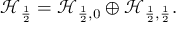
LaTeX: \mathcal { H } _ { \frac { 1 } { 2 } } = \mathcal { H } _ { \frac { 1 } { 2 } , 0 } \oplus \mathcal { H } _ { \frac { 1 } { 2 } , \frac { 1 } { 2 } } .